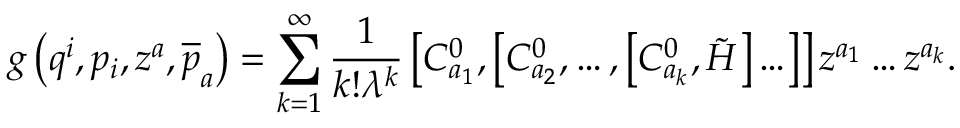
g \left( q ^ { i } , p _ { i } , z ^ { a } , \overline { { { p } } } _ { a } \right) = \sum _ { k = 1 } ^ { \infty } \frac 1 { k ! \lambda ^ { k } } \left[ C _ { a _ { 1 } } ^ { 0 } , \left[ C _ { a _ { 2 } } ^ { 0 } , \ldots , \left[ C _ { a _ { k } } ^ { 0 } , \tilde { H } \right] \ldots \right] \right] z ^ { a _ { 1 } } \ldots z ^ { a _ { k } } .